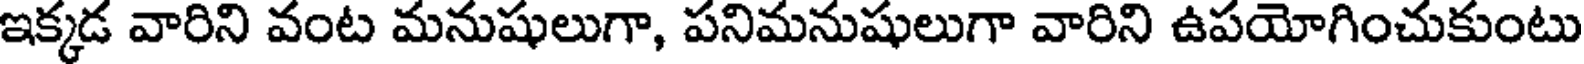
ఇక్కడ వారిని వంట మనుషులుగా, పనిమనుషులుగా వారిని ఉపయోగించుకుంటు